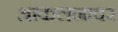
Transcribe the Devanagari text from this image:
आकलनावर